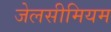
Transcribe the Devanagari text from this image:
जेलसीमियम